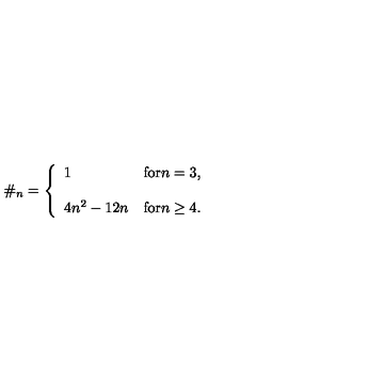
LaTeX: \# _ { n } = \left\{ \begin{array} { l l } { 1 } & { \mathrm { f o r } n = 3 , } \\ { { } } & { { } } \\ { 4 n ^ { 2 } - 1 2 n } & { \mathrm { f o r } n \geq 4 . } \\ \end{array} \right.